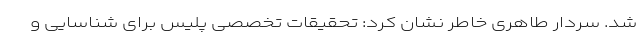
شد. سردار طاهری خاطر نشان کرد: تحقیقات تخصصی پلیس برای شناسایی و